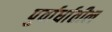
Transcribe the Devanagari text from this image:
पुर्वार्धातील